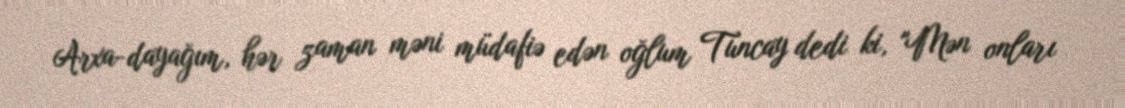
Arxa-dayağım, hər zaman məni müdafiə edən oğlum Tuncay dedi ki, "Mən onları